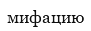
мифацию